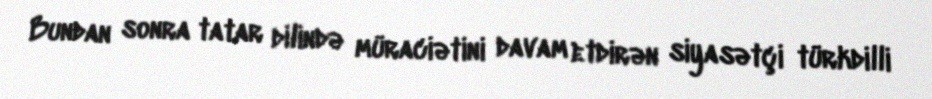
Bundan sonra tatar dilində müraciətini davam etdirən siyasətçi türkdilli